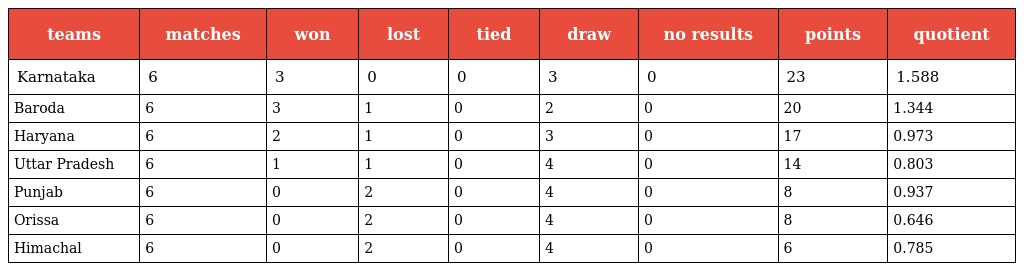
| teams | matches | won | lost | tied | draw | no results | points | quotient |
 | --- | --- | --- | --- | --- | --- | --- | --- | --- |
 | Karnataka | 6 | 3 | 0 | 0 | 3 | 0 | 23 | 1.588 |
 | Baroda | 6 | 3 | 1 | 0 | 2 | 0 | 20 | 1.344 |
 | Haryana | 6 | 2 | 1 | 0 | 3 | 0 | 17 | 0.973 |
 | Uttar Pradesh | 6 | 1 | 1 | 0 | 4 | 0 | 14 | 0.803 |
 | Punjab | 6 | 0 | 2 | 0 | 4 | 0 | 8 | 0.937 |
 | Orissa | 6 | 0 | 2 | 0 | 4 | 0 | 8 | 0.646 |
 | Himachal | 6 | 0 | 2 | 0 | 4 | 0 | 6 | 0.785 |